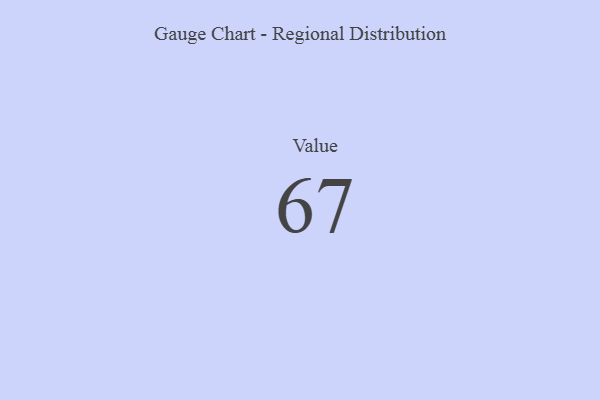
{"axis": {"x": "Metric", "y": "Value"}, "legend": [""], "data": [{"x": "Value", "y": 67, "type": ""}]}